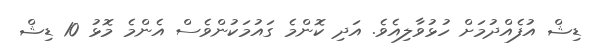
ޑިޝް އުފެއްދުމަށް ހުޅުވާލިއެވެ. އަދި ކޮންމެ ގައުމަކުންވެސް އެންމެ މޮޅު 10 ޑިޝް